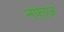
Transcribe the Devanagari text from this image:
नफ़ाज़